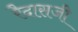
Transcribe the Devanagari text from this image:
रैदासजी